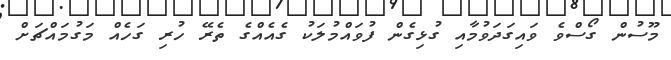
މޫސުން ގޯސްވެ ވައިގަދަވުމާއި ގުޅިގެން ފުވައްމުލަކު ގެއެއްގެ ތެރޭ ހުރި ގަހެއް މަގުމައްޗަށް